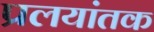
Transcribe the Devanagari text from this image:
प्रलयांतक